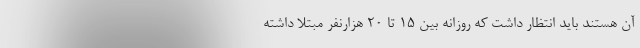
آن هستند باید انتظار داشت که روزانه بین 15 تا 20 هزارنفر مبتلا داشته